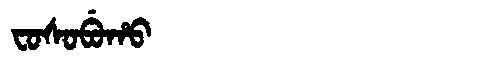
Manchu: ᠸᠣᠰᠣᠪᡠᡥᠣ
Romanization: FOSOBUHO